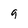
Character: 9